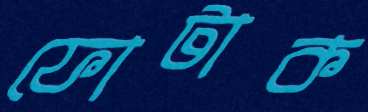
ফোটাক